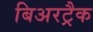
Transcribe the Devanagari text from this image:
बिअरट्रैक